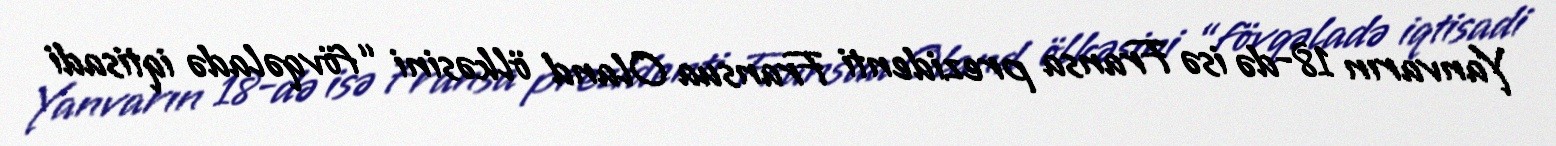
Yanvarın 18-də isə Fransa prezidenti Fransua Oland ölkəsini “fövqəladə iqtisadi